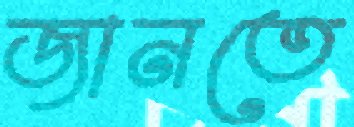
জানতে